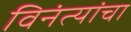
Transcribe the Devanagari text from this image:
विनंत्यांचा